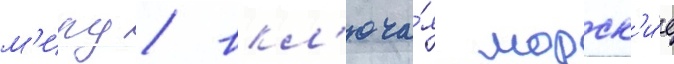
м'иру / вкл'юча́я морск'и́е